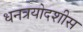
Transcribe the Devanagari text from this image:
धनत्रयोदशीस